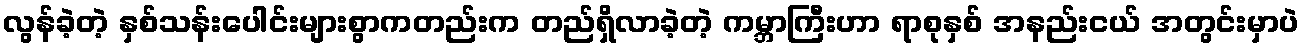
လွန်ခဲ့တဲ့ နှစ်သန်းပေါင်းများစွာကတည်းက တည်ရှိလာခဲ့တဲ့ ကမ္ဘာကြီးဟာ ရာစုနှစ် အနည်းငယ် အတွင်းမှာပဲ